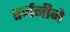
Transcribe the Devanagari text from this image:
तर्जनीने